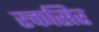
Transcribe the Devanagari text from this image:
रक्तसिर